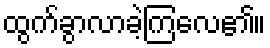
ထွက်ခွာလာခဲ့ကြလေ၏။